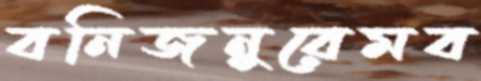
বনিজনুরেমব